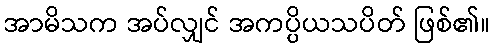
အာမိသက အပ်လျှင် အကပ္ပိယသပိတ် ဖြစ်၏။